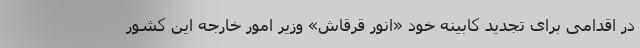
در اقدامی برای تجدید کابینه خود «انور قرقاش» وزیر امور خارجه این کشور